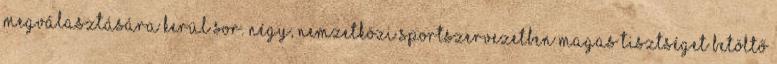
megválasztására kerül sor. Négy, nemzetközi sportszervezetben magas tisztséget betöltő